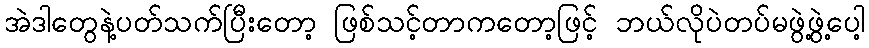
အဲဒါတွေနဲ့ပတ်သက်ပြီးတော့ ဖြစ်သင့်တာကတော့ဖြင့် ဘယ်လိုပဲတပ်မဖွဲ့ဖွဲ့ပေါ့